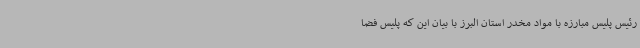
رئیس پلیس مبارزه با مواد مخدر استان البرز با بیان این که پلیس فضا